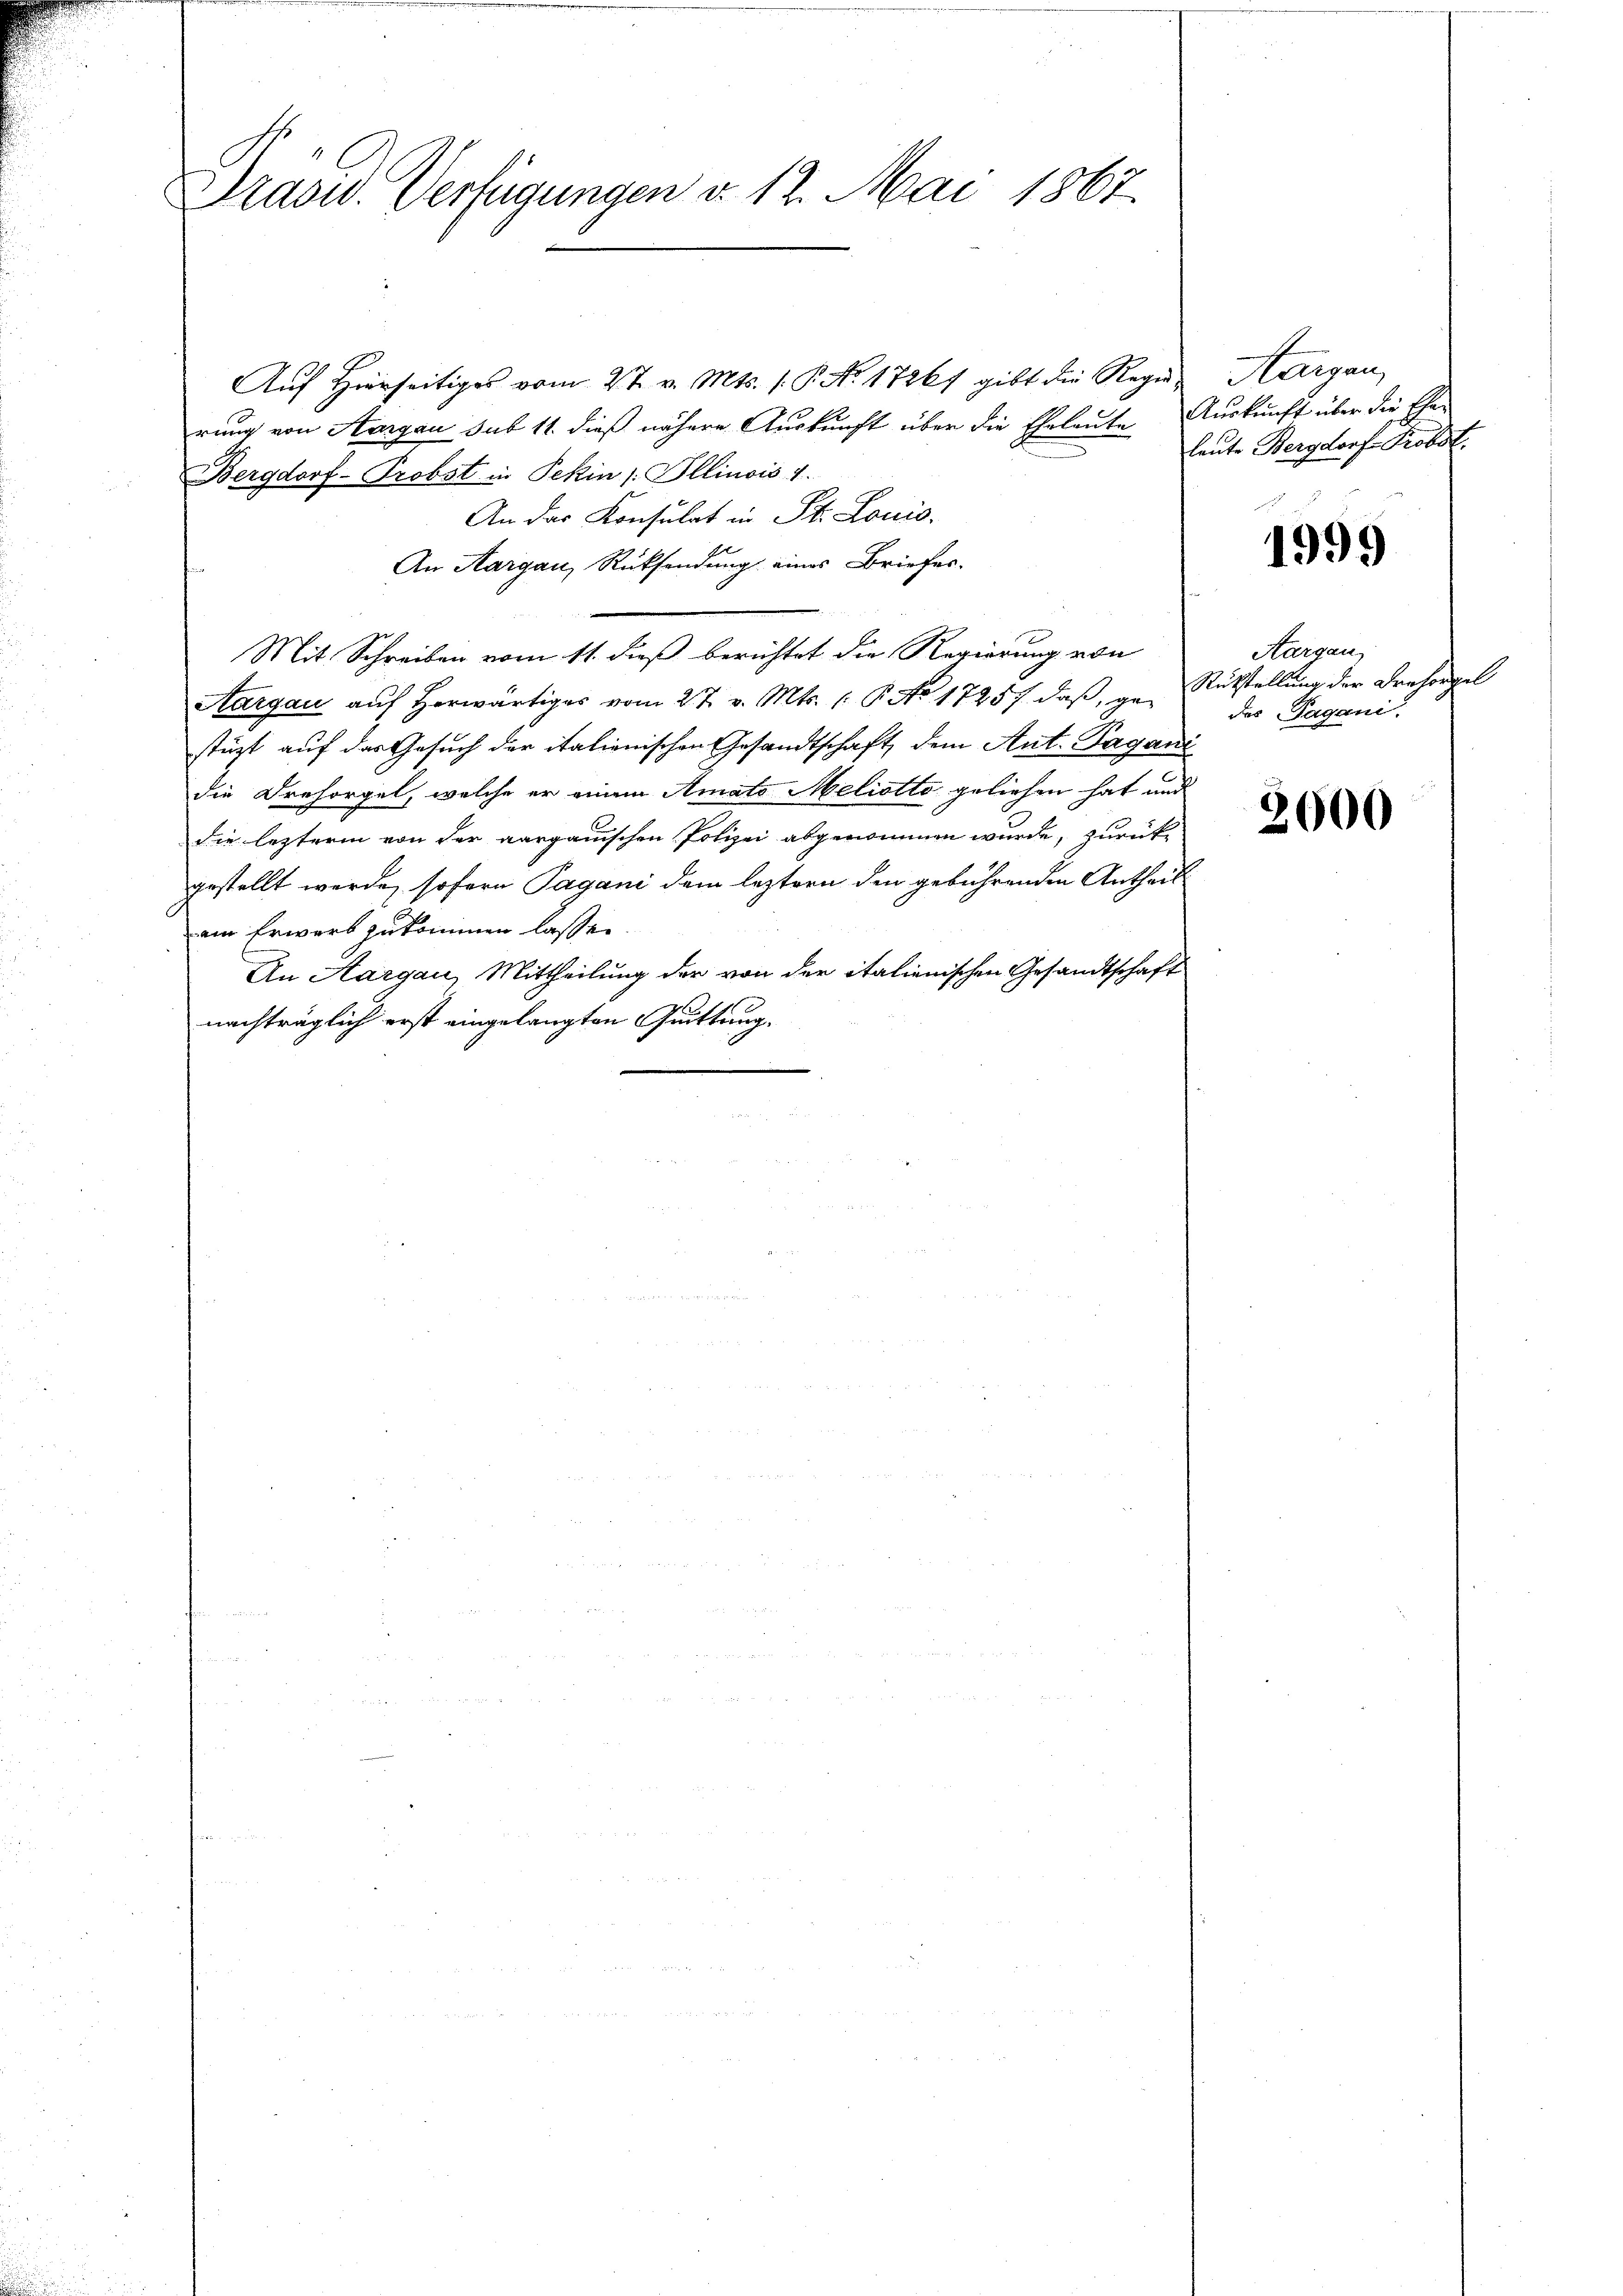
Präsid. Verfügungen v. 12. Mai 1867.

Aŭf Hierseitiges vom 2t v. Mts. 1. P. Nr. 17261 gibt die Regie-
rung von Aargau sub 11. dieß nähere Auskunft über die Eheleute Auskunft über die Cha-
Bergdorf-Probst in Pekin /: Illinois 1.
An das Konsulat in St. Louis.
An Aargau, Rücksendung eines Briefer-
Mit Schreiben vom 11. dieß berichtet die Regierung von
Aargau aŭf herwärtiges vom 27. v. Mts. 1. P. No 17257 daβ ge- Rükstellung der Breforgel
stüzt auf das Gesuch der italienischen Gesandtschaft dem Ant. Pagani
die Dresorgel, welche er einem Amato Meliotta geliehen hat und
die lezterm von der aargauischen Polizei abgenommen wurde, zurück
gestellt werde, sofern Pagani dem leztern den gebührenden Antheilem Erwerb zukommen lassen.
An Aargau, Mittheilung der von der italienischen Gesandtschaft
nachträglich erst eingelangten Quittung,

Aargau,
leute Bergdorf Probst.

1999

Aargau,
des Pagani

2000